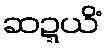
ဆဍ္ဍယိံ